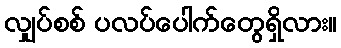
လျှပ်စစ် ပလပ်ပေါက်တွေရှိလား။